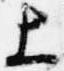
上